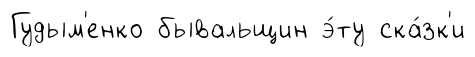
Гудым'енко бывальщин э́ту ска́зк'и